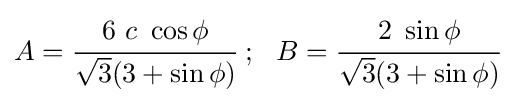
A={\cfrac {6~c~\cos \phi }{{\sqrt {3}}(3+\sin \phi )}}~;~~B={\cfrac {2~\sin \phi }{{\sqrt {3}}(3+\sin \phi )}}